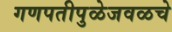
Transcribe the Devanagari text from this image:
गणपतीपुळेजवळचे